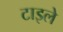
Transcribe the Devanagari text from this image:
टाइले